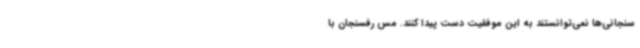
سنجانی‌ها نمی‌توانستند به این موفقیت دست پیدا کنند. مس رفسنجان با